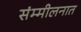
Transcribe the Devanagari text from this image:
संम्मीलनात